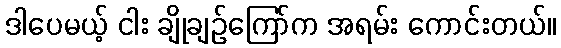
ဒါပေမယ့် ငါး ချိုချဉ်ကြော်က အရမ်း ကောင်းတယ်။